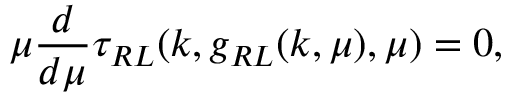
\mu \frac { d } { d \mu } \tau _ { R L } ( k , g _ { R L } ( k , \mu ) , \mu ) = 0 ,